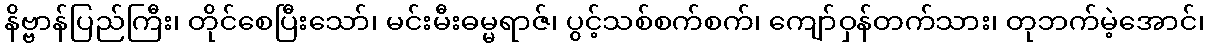
နိဗ္ဗာန်ပြည်ကြီး၊ တိုင်စေပြီးသော်၊ မင်းမီးဓမ္မရာဇ်၊ ပွင့်သစ်စက်စက်၊ ကျော်ဝှန်တက်သား၊ တုဘက်မဲ့အောင်၊